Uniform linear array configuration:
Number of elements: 32
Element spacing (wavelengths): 0.25
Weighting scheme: hann
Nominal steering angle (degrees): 15
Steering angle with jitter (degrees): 14.034
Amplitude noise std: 0.05
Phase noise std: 0.05

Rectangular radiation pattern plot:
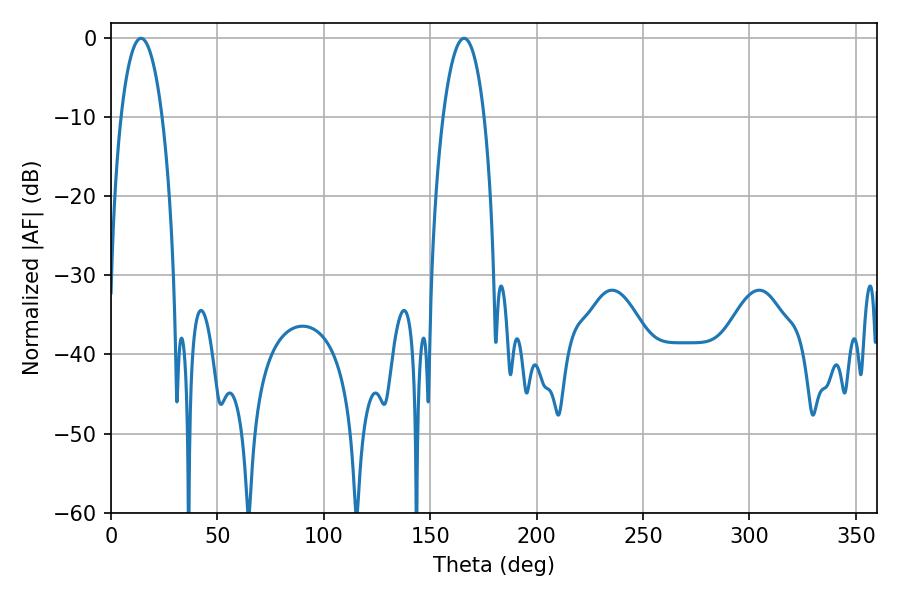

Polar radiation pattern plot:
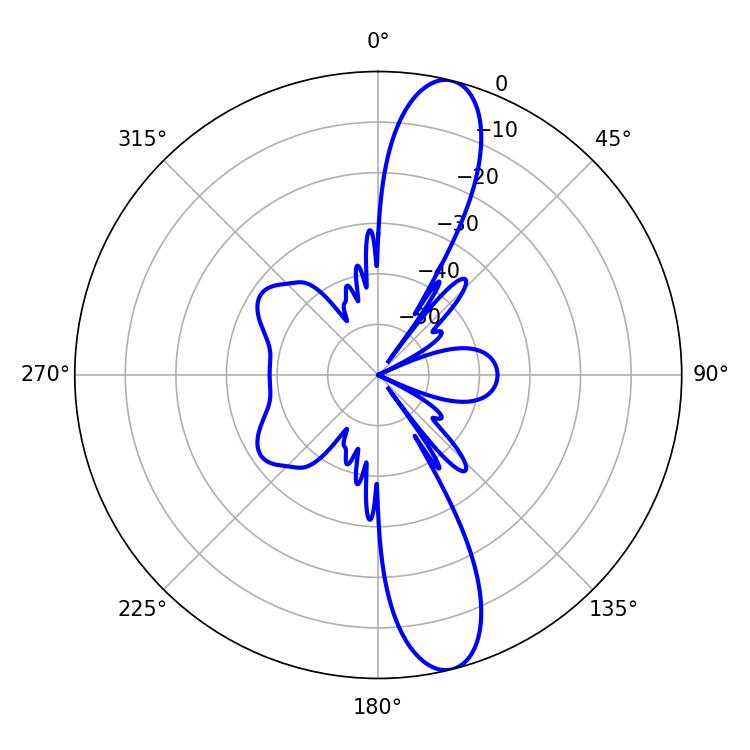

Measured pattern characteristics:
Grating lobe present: FALSE
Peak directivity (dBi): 13.093
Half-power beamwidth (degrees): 10.8
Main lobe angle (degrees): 14.04